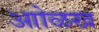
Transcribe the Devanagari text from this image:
आोळख